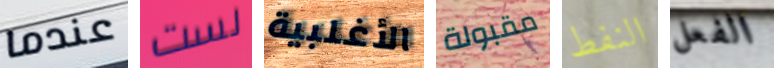
عندما لست الأغلبية مقبولة النفط الفعل